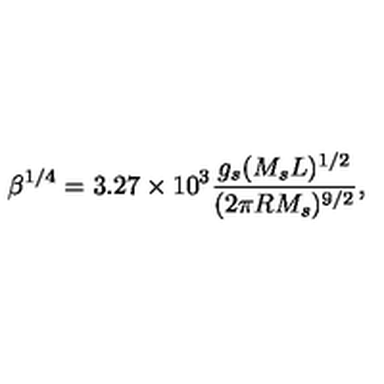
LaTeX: \beta ^ { 1 / 4 } = 3 . 2 7 \times 1 0 ^ { 3 } { \frac { g _ { s } ( M _ { s } L ) ^ { 1 / 2 } } { ( 2 \pi R M _ { s } ) ^ { 9 / 2 } } } ,